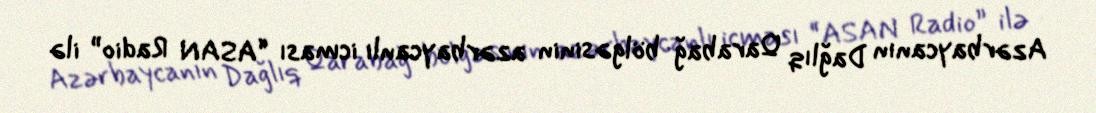
Azərbaycanın Dağlıq Qarabağ bölgəsinin azərbaycanlı icması “ASAN Radio” ilə